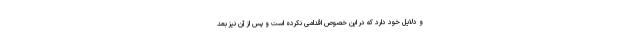
و دلایل خود دارد که در این خصوص اقدامی نکرده است و پس از آن نیز بعد